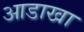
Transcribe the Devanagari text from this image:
आडाखा